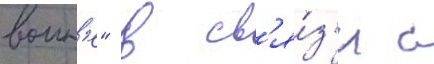
воин'е" в св'я́з'и с